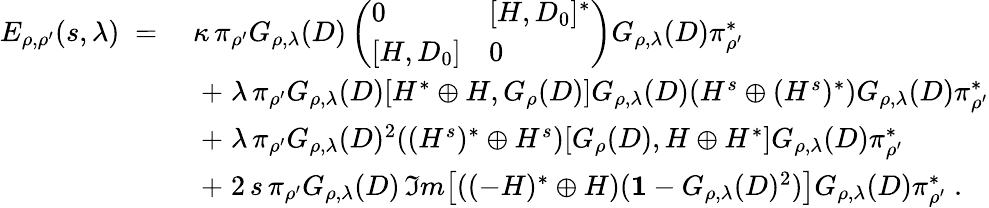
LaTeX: \begin{array}{rl}{E_{\rho,\rho^{\prime}}(s,\lambda)\; =\; }&{\kappa\, \pi_{\rho^{\prime}}G_{\rho,\lambda}(D)\left(\begin{array}{ll}{0}&{[H,D_{0}]^{*}}\\ {[H,D_{0}]}&{0}\end{array}\right)G_{\rho,\lambda}(D)\pi_{\rho^{\prime}}^{*}}\\ &{\; +\; \lambda\, \pi_{\rho^{\prime}}G_{\rho,\lambda}(D)[H^{*}\oplus H,G_{\rho}(D)]G_{\rho,\lambda}(D)(H^{s}\oplus(H^{s})^{*})G_{\rho,\lambda}(D)\pi_{\rho^{\prime}}^{*}}\\ &{\; +\; \lambda\, \pi_{\rho^{\prime}}G_{\rho,\lambda}(D)^{2}((H^{s})^{*}\oplus H^{s})[G_{\rho}(D),H\oplus H^{*}]G_{\rho,\lambda}(D)\pi_{\rho^{\prime}}^{*}}\\ &{\; +\; 2\, s\, \pi_{\rho^{\prime}}G_{\rho,\lambda}(D)\, \Im m\big[((-H)^{*}\oplus H)({\mathbf 1}-G_{\rho,\lambda}(D)^{2})\big]G_{\rho,\lambda}(D)\pi_{\rho^{\prime}}^{*}\; .}\end{array}